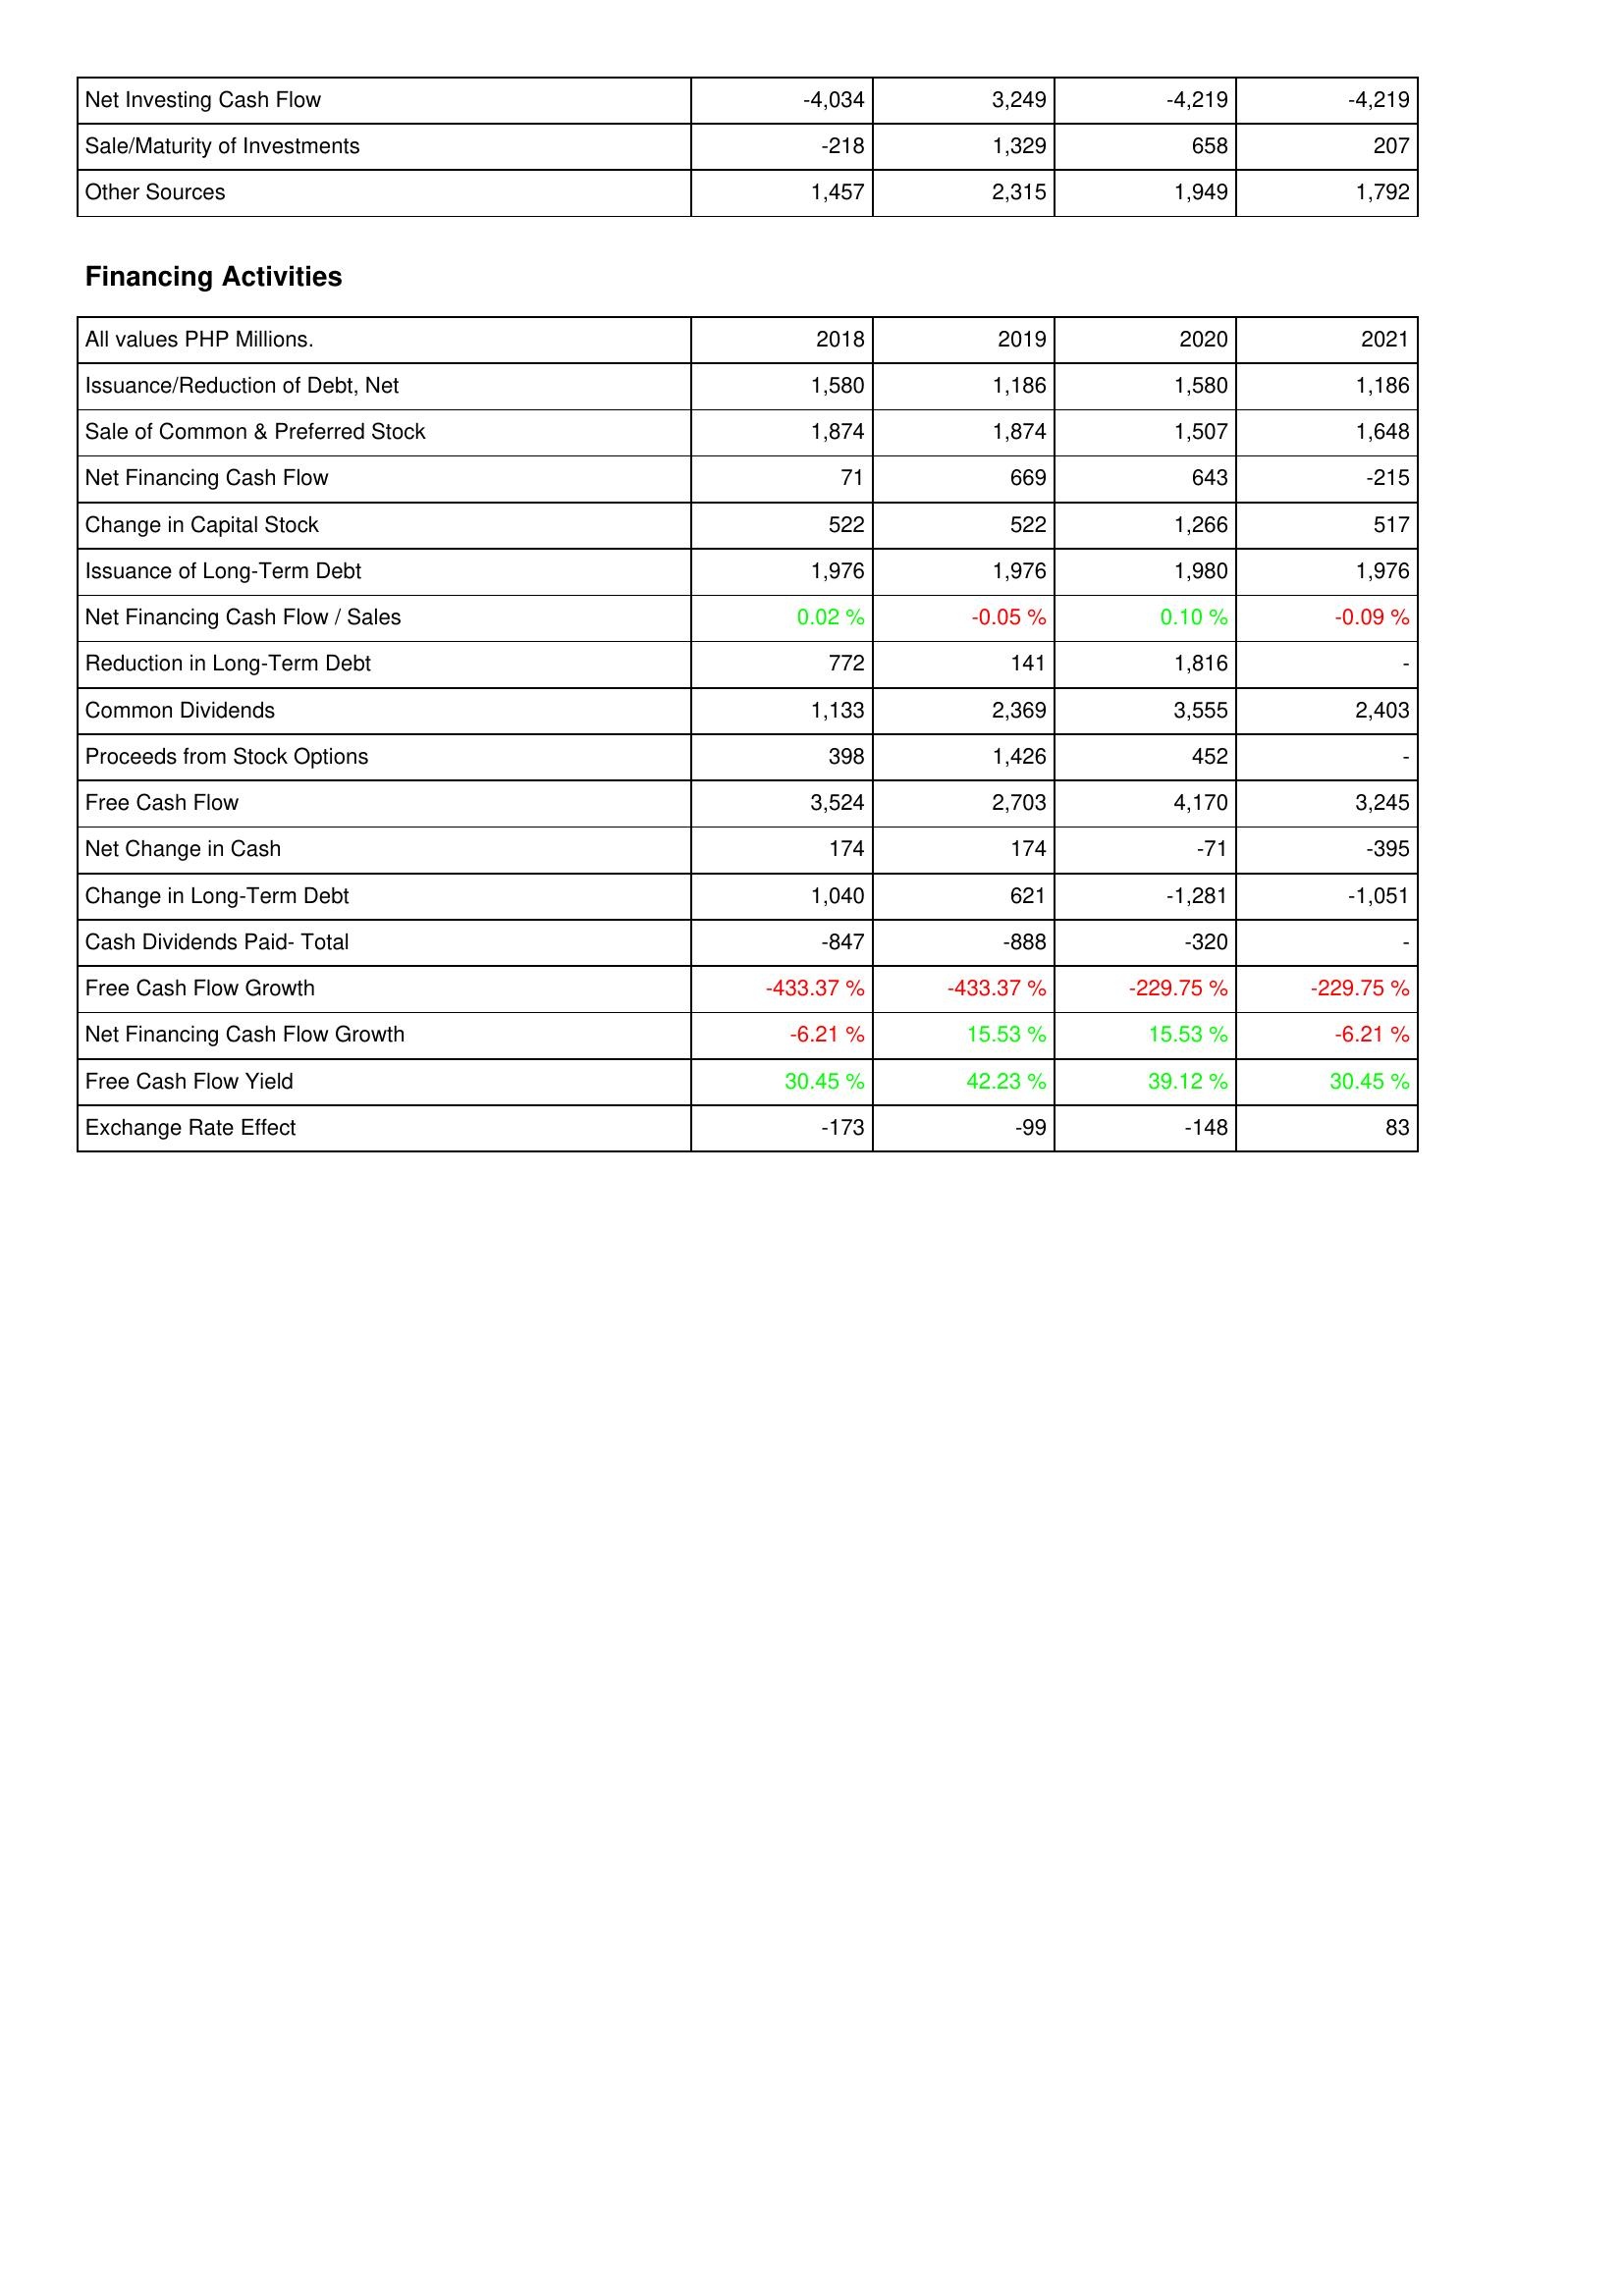
2018: Investing Activities: Net Investing Cash Flow: -4,034
Sale/Maturity of Investments: -218
Other Sources: 1,457
Financing Activities: Issuance/Reduction of Debt, Net: 1,580
Sale of Common & Preferred Stock: 1,874
Net Financing Cash Flow: 71
Change in Capital Stock: 522
Issuance of Long-Term Debt: 1,976
Net Financing Cash Flow / Sales: 0.02 %
Reduction in Long-Term Debt: 772
Common Dividends: 1,133
Proceeds from Stock Options: 398
Free Cash Flow: 3,524
Net Change in Cash: 174
Change in Long-Term Debt: 1,040
Cash Dividends Paid- Total: -847
Free Cash Flow Growth: -433.37 %
Net Financing Cash Flow Growth: -6.21 %
Free Cash Flow Yield: 30.45 %
Exchange Rate Effect: -173
2019: Investing Activities: Net Investing Cash Flow: 3,249
Sale/Maturity of Investments: 1,329
Other Sources: 2,315
Financing Activities: Issuance/Reduction of Debt, Net: 1,186
Sale of Common & Preferred Stock: 1,874
Net Financing Cash Flow: 669
Change in Capital Stock: 522
Issuance of Long-Term Debt: 1,976
Net Financing Cash Flow / Sales: -0.05 %
Reduction in Long-Term Debt: 141
Common Dividends: 2,369
Proceeds from Stock Options: 1,426
Free Cash Flow: 2,703
Net Change in Cash: 174
Change in Long-Term Debt: 621
Cash Dividends Paid- Total: -888
Free Cash Flow Growth: -433.37 %
Net Financing Cash Flow Growth: 15.53 %
Free Cash Flow Yield: 42.23 %
Exchange Rate Effect: -99
2020: Investing Activities: Net Investing Cash Flow: -4,219
Sale/Maturity of Investments: 658
Other Sources: 1,949
Financing Activities: Issuance/Reduction of Debt, Net: 1,580
Sale of Common & Preferred Stock: 1,507
Net Financing Cash Flow: 643
Change in Capital Stock: 1,266
Issuance of Long-Term Debt: 1,980
Net Financing Cash Flow / Sales: 0.10 %
Reduction in Long-Term Debt: 1,816
Common Dividends: 3,555
Proceeds from Stock Options: 452
Free Cash Flow: 4,170
Net Change in Cash: -71
Change in Long-Term Debt: -1,281
Cash Dividends Paid- Total: -320
Free Cash Flow Growth: -229.75 %
Net Financing Cash Flow Growth: 15.53 %
Free Cash Flow Yield: 39.12 %
Exchange Rate Effect: -148
2021: Investing Activities: Net Investing Cash Flow: -4,219
Sale/Maturity of Investments: 207
Other Sources: 1,792
Financing Activities: Issuance/Reduction of Debt, Net: 1,186
Sale of Common & Preferred Stock: 1,648
Net Financing Cash Flow: -215
Change in Capital Stock: 517
Issuance of Long-Term Debt: 1,976
Net Financing Cash Flow / Sales: -0.09 %
Reduction in Long-Term Debt: -
Common Dividends: 2,403
Proceeds from Stock Options: -
Free Cash Flow: 3,245
Net Change in Cash: -395
Change in Long-Term Debt: -1,051
Cash Dividends Paid- Total: -
Free Cash Flow Growth: -229.75 %
Net Financing Cash Flow Growth: -6.21 %
Free Cash Flow Yield: 30.45 %
Exchange Rate Effect: 83